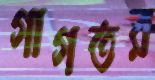
গাগতর